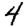
Digit: 4